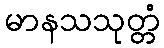
မာနသသုတ္တံ